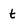
Character: t